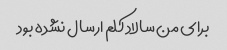
برای من سالاد کلم ارسال نشده بود